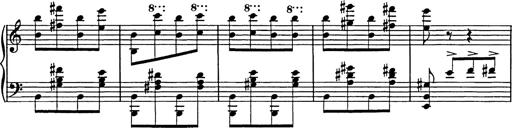
Title: Galop in A minor
Composer: Franz Liszt
Key: A minor